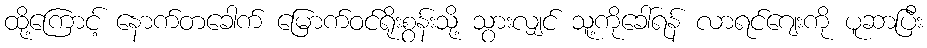
ထို့ကြောင့် နောက်တခေါက် မြောက်ဝင်ရိုးစွန်းသို့ သွားလျှင် သူ့ကိုခေါ်ရန် လာရင်ဂျေးကို ပူဆာပြီး